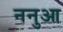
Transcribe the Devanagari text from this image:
ननुआ